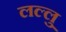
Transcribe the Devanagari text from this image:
लल्लु